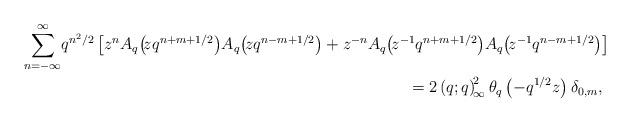
LaTeX: \begin{align*} \sum_{n=-\infty}^{\infty}\!q^{n^{2}/2}&\left[z^{n}A_{q}\!\left(\!zq^{n+m+1/2}\right)\!A_{q}\!\left(\!zq^{n-m+1/2}\right)+z^{-n}A_{q}\!\left(\!z^{-1}q^{n+m+1/2}\right)\!A_{q}\!\left(\!z^{-1}q^{n-m+1/2}\right)\right]\\ &\hskip226pt=2\left(q;q\right)_{\!\infty}^{\!2}\theta_{q}\left(-q^{1/2}z\right)\delta_{0,m}, \end{align*}